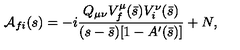
{ \cal A } _ { f i } ( s ) = - i \frac { Q _ { \mu \nu } V _ { f } ^ { \mu } ( \bar { s } ) V _ { i } ^ { \nu } ( \bar { s } ) } { ( s - \bar { s } ) [ 1 - A ^ { \prime } ( \bar { s } ) ] } + N ,